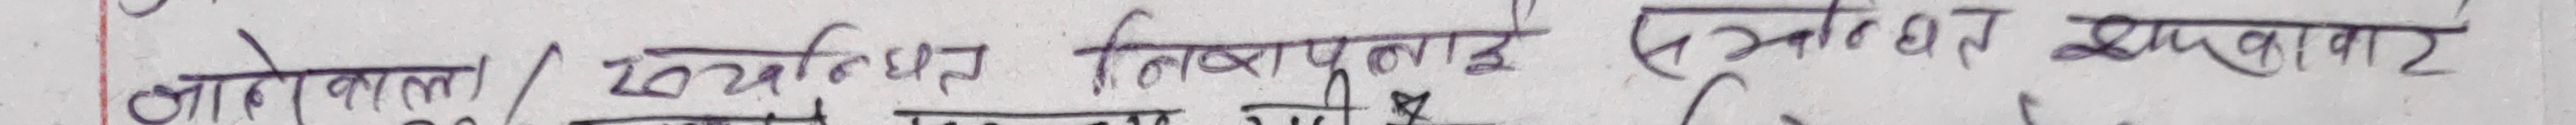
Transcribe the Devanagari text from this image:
जानेकाल / सत्यनिष्ठा तथापुन्य स्रतो धम् सवाबाहु